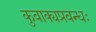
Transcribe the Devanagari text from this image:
कुवाक्यप्रबन्धः